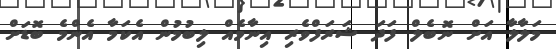
މަލާލާ އަށް ނޮބެލް ފަދަ ޝަރަފްވެރި އިނާމެއް ލިބުމުން އެކަމާ އެންމެ ބޮޑަށް